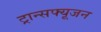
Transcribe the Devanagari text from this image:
ट्रान्सफ्यूजन